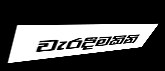
වැරදීමකිනි